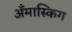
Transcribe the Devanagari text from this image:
अँमास्किग